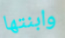
وابنتها